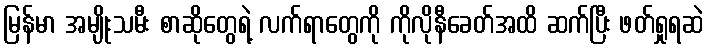
မြန်မာ အမျိုးသမီး စာဆိုတွေရဲ့ လက်ရာတွေကို ကိုလိုနီခေတ်အထိ ဆက်ပြီး ဖတ်ရှုရဆဲ